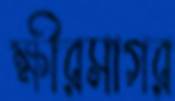
ক্ষীরসাগর